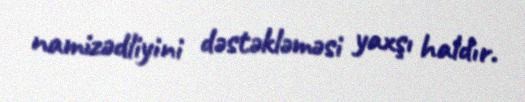
namizədliyini dəstəkləməsi yaxşı haldır.